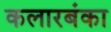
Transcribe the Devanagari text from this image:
कलारबंका